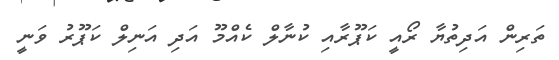
ތަރިން އަދިތުޔާ ރޯއީ ކަޕޫރާއި ކުނާލް ކެއްމޫ އަދި އަނިލް ކަޕޫރު ވަނީ